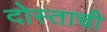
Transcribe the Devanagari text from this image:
दोस्ताची